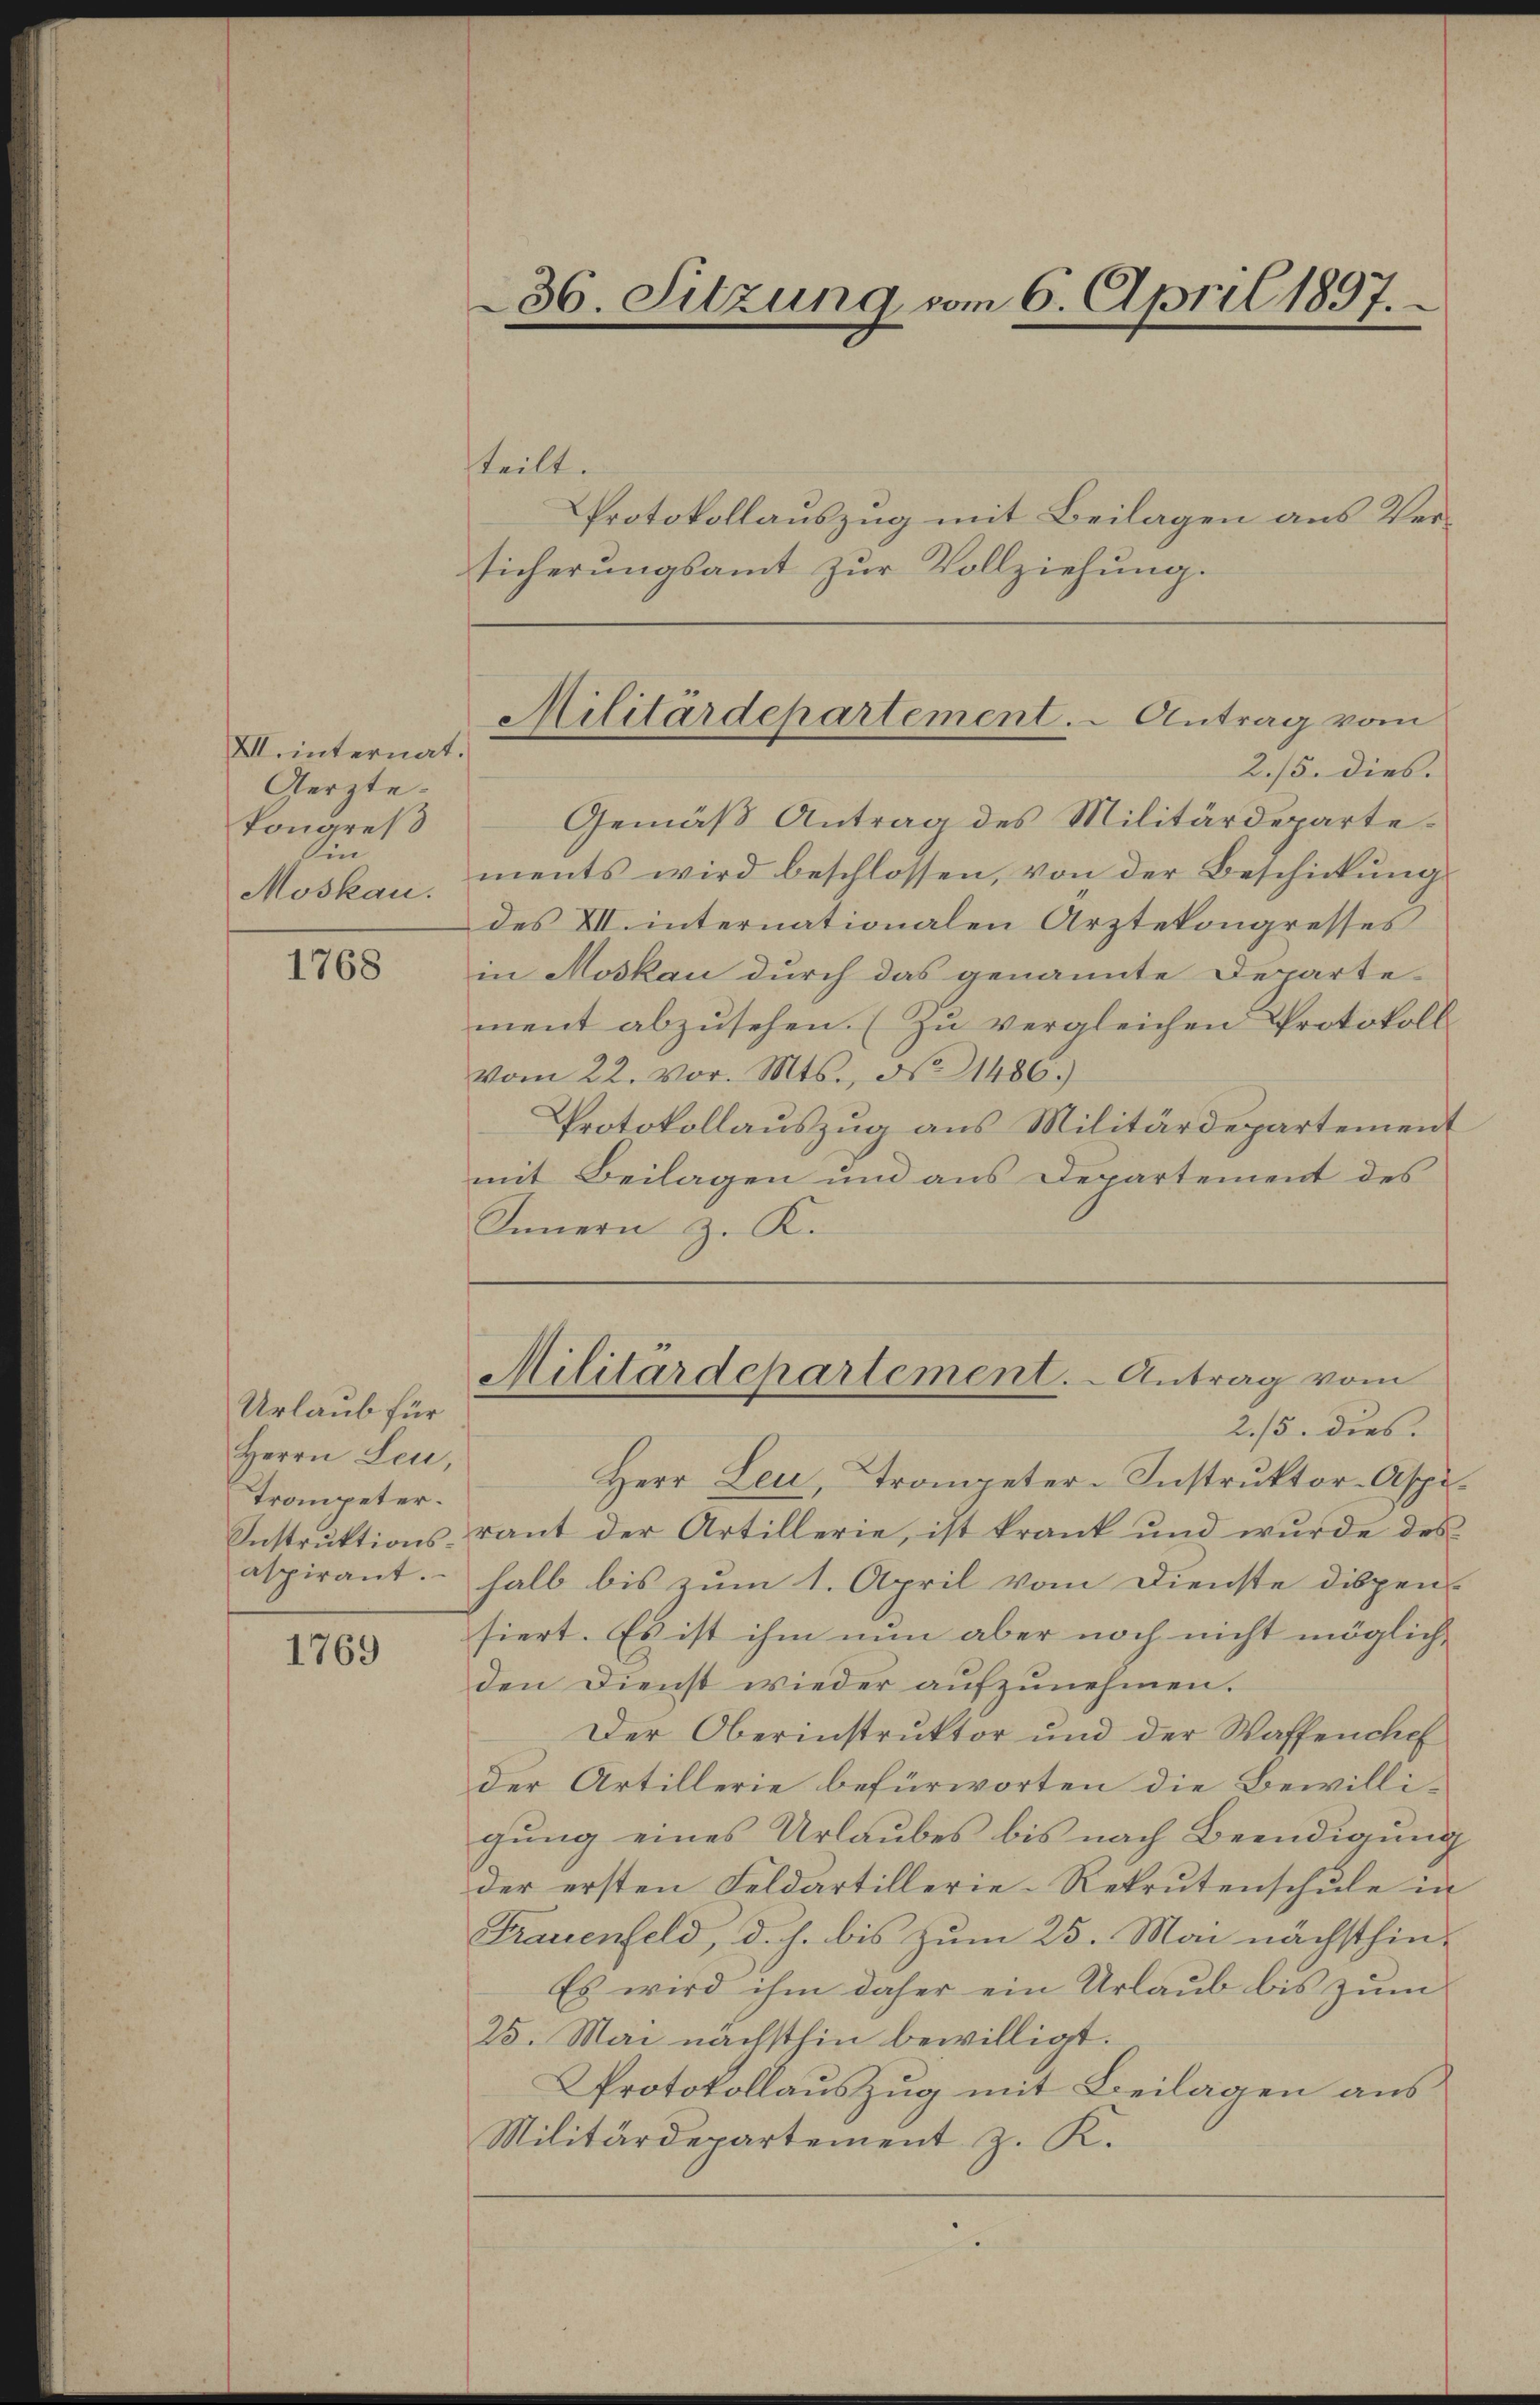
VII. internat.
Gerzte.
kongreß
Ein
Moskau

1768

Urlaub für
Herrn Leu,
Trompeter.
Instruktions¬

1769

36. Sitzung vom 6. April 1897.

steilt.
Protokollauszug mit Beilagen aus Versicherungsamt zur Vollziehung.

Gemäß Antrag des Militärdepartements wird beschlossen, von der Beschickung
des VII. internationalen Arztekongresses
in Moskau durch das genannte Departe-
ment abzusehen. (Zu vergleichen Protokoll
vom 22. vor. Mts., No 1486.)
Protokollauszug aus Militärdepartement
mit Beilagen und aus Departement des
Innern z. K.

Militärdepartement. - Antrag vom
2./5. dies.

Militärdepartement. - Antrag vom

2./5. dies.
Herr Leu, Trompeter-Instruktor-Aspirant der Artillerie, ist krank und wurde des
alpirant. halb bis zŭm 1. April vom Dienste dispen-
siert. Es ist ihm nun aber noch nicht möglich,
den Dienst wieder aŭfzŭnehmen.
Der Oberinstruktor und der Waffenchef
der Artillerie befürworten die Bewilli-
gung eines Urlaubes bis nach Beendigung
der ersten Feldartillerie-Rekrutenschŭle in
Frauenfeld, d. h. bis zum 25. Mai nächsthin-
Es wird ihm daher ein Urlaub bis zum
25. Mai nächsthin bewilligt.
Protokollauszug mit Beilagen aus
Militärdepartement z. K.